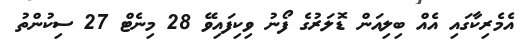
އެމެރިކާގައި އެއް ބިލިއަން ޑޮލަރުގެ ފޯނު ވިކިފައިވޭ 28 މިނެޓް 27 ސިކުންތު